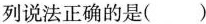
列说法正确的是()